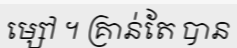
ម្សៅ ។ គ្រាន់តែ បាន